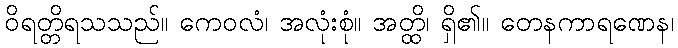
ဝိရတ္တိရသသည်။ ကေဝလံ၊ အလုံးစုံ။ အတ္ထိ၊ ရှိ၏။ တေနကာရဏေန၊